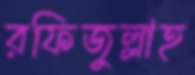
রফিজুল্লাহ